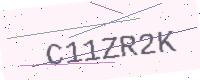
Text: C11ZR2K